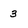
Character: 3